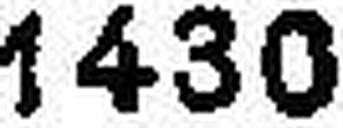
1430